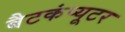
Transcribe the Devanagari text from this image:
बैटकंप्यूटर